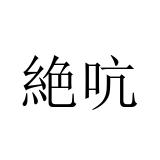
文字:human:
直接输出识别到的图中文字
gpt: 絶吭